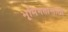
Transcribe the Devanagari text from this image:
भूमिगतांसाठी